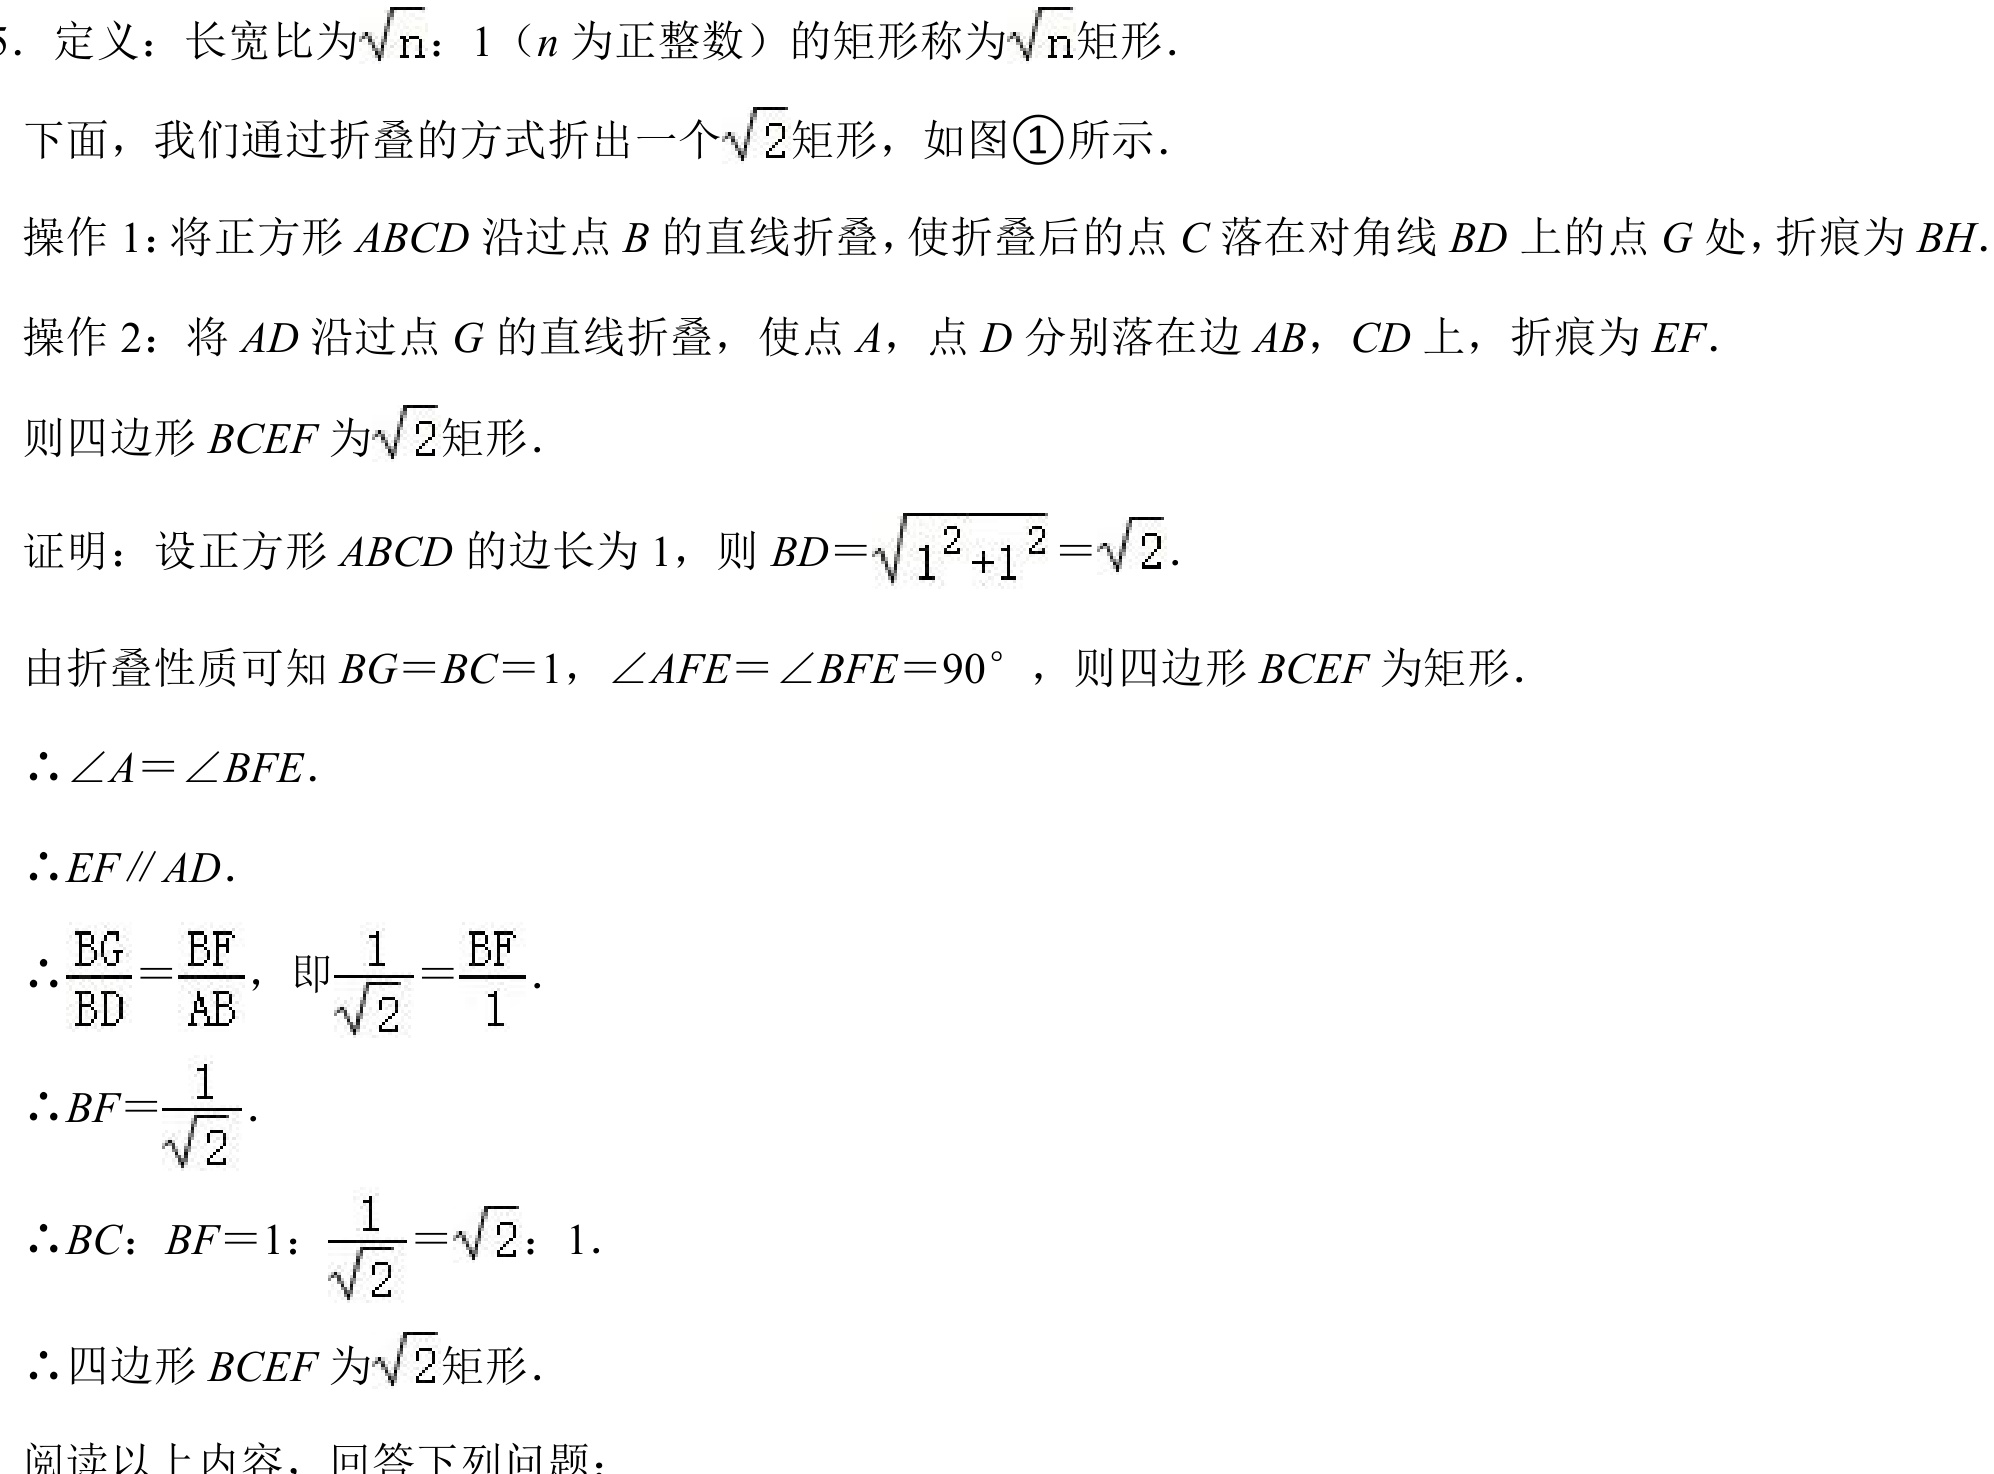
1. 定义：长宽比为\(\sqrt{n}:1\)（\(n\)为正整数）的矩形称为\(\sqrt{n}\)矩形．
下面，我们通过折叠的方式折出一个\(\sqrt{2}\)矩形，如图\textcircled{1}所示．
操作1：将正方形\(ABCD\)沿过点\(B\)的直线折叠，使折叠后的点\(C\)落在对角线\(BD\)上的点\(G\)处，折痕为\(BH\)．
操作2：将\(AD\)沿过点\(G\)的直线折叠，使点\(A\)，点\(D\)分别落在边\(AB\)，\(CD\)上，折痕为\(EF\)．
则四边形\(BCEF\)为\(\sqrt{2}\)矩形．
证明：设正方形\(ABCD\)的边长为\(1\)，则\(BD = \sqrt{1^{2}+1^{2}}=\sqrt{2}\)．
由折叠性质可知\(BG = BC = 1\)，\(\angle AFE=\angle BFE = 90^{\circ}\)，则四边形\(BCEF\)为矩形．
\(\therefore\angle A=\angle BFE\)．
\(\therefore EF\parallel AD\)．
\(\therefore\frac{BG}{BD}=\frac{BF}{AB}\)，即\(\frac{1}{\sqrt{2}}=\frac{BF}{1}\)．
\(\therefore BF=\frac{1}{\sqrt{2}}\)．
\(\therefore BC:BF = 1:\frac{1}{\sqrt{2}}=\sqrt{2}:1\)．
\(\therefore\)四边形\(BCEF\)为\(\sqrt{2}\)矩形．
阅读以上内容，回答下列问题：